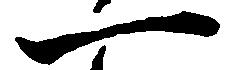
一